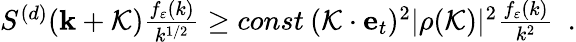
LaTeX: \begin{array}{r}{S^{(d)}({\mathbf k}+{\cal K})\frac{f_{\varepsilon}(k)}{k^{1/2}}\geq const\: ({\cal K}\cdot{\mathbf e}_{t})^{2}|\rho({\cal K})|^{2}\frac{f_{\varepsilon}(k)}{k^{2}}~~.}\end{array}